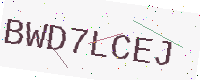
Text: BWD7LCEJ